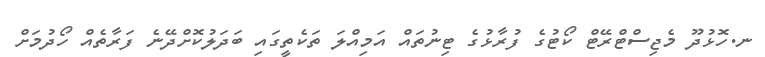
ނ.ހޮޅުދޫ މެޖިސްޓްރޭޓް ކޯޓުގެ ފުރާޅުގެ ޓިނުތައް އަމިއްލަ ތަކެތީގައި ބަދަލުކޮށްދޭނެ ފަރާތެއް ހޯދުމަށް